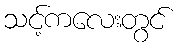
သင့်ကလေးတွင်